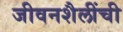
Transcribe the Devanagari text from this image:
जीवनशैलींची